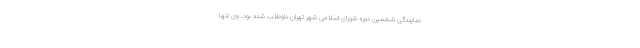
نمایندگی ششمین دوره شورای اسلامی شهر تهران داوطلب شده بود. وی تنها